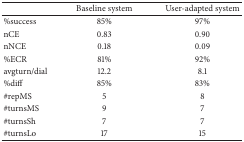
<table><thead><tr><td><b> </b></td><td><b> Baseline system </b></td><td><b> User-adapted system</b></td></tr></thead><tbody><tr><td> %success </td><td> 85% </td><td> 97% </td></tr><tr><td> nCE </td><td> 0.83</td><td> 0.90 </td></tr><tr><td> nNCE </td><td> 0.18 </td><td> 0.09 </td></tr><tr><td> %ECR </td><td> 81% </td><td> 92% </td></tr><tr><td> avgturn/dial </td><td> 12.2 </td><td> 8.1 </td></tr><tr><td> %diff </td><td> 85% </td><td> 83% </td></tr><tr><td> #repMS </td><td> 5 </td><td> 8 </td></tr><tr><td> #turnsMS </td><td> 9 </td><td> 7 </td></tr><tr><td> #turnsSh </td><td> 7 </td><td> 7 </td></tr><tr><td> #turnsLo </td><td> 17 </td><td> 15</td></tr></tbody></table>